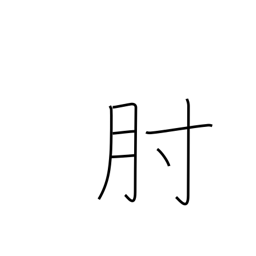
Meaning: arm